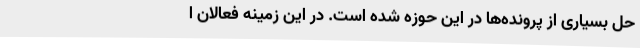
حل بسیاری از پرونده‌ها در این حوزه شده است. در این زمینه فعالان ا